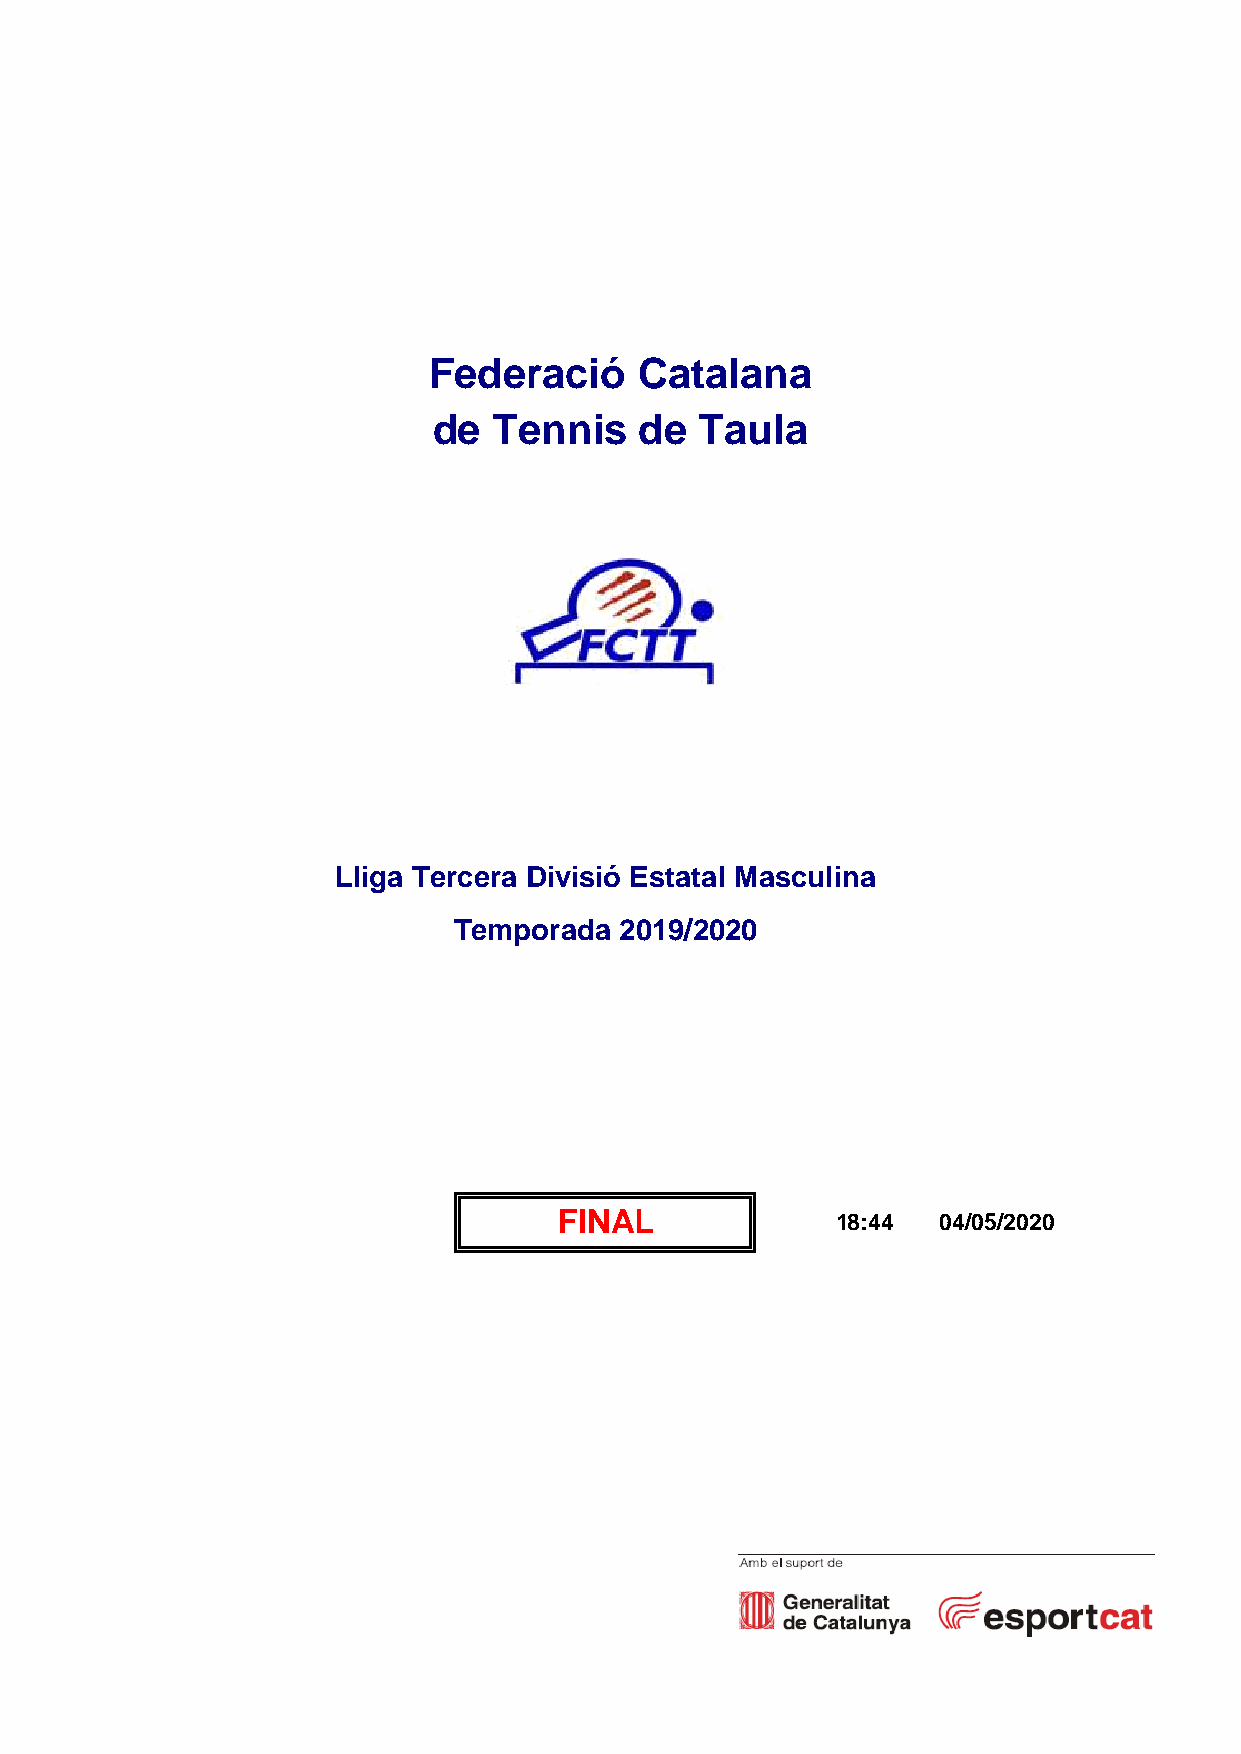
Federació     Catalana
 de  Tennis   de  Taula
 Lliga Tercera Divisió Estatal Masculina
 Temporada  2019/2020
 FINAL             18:44  04/05/2020